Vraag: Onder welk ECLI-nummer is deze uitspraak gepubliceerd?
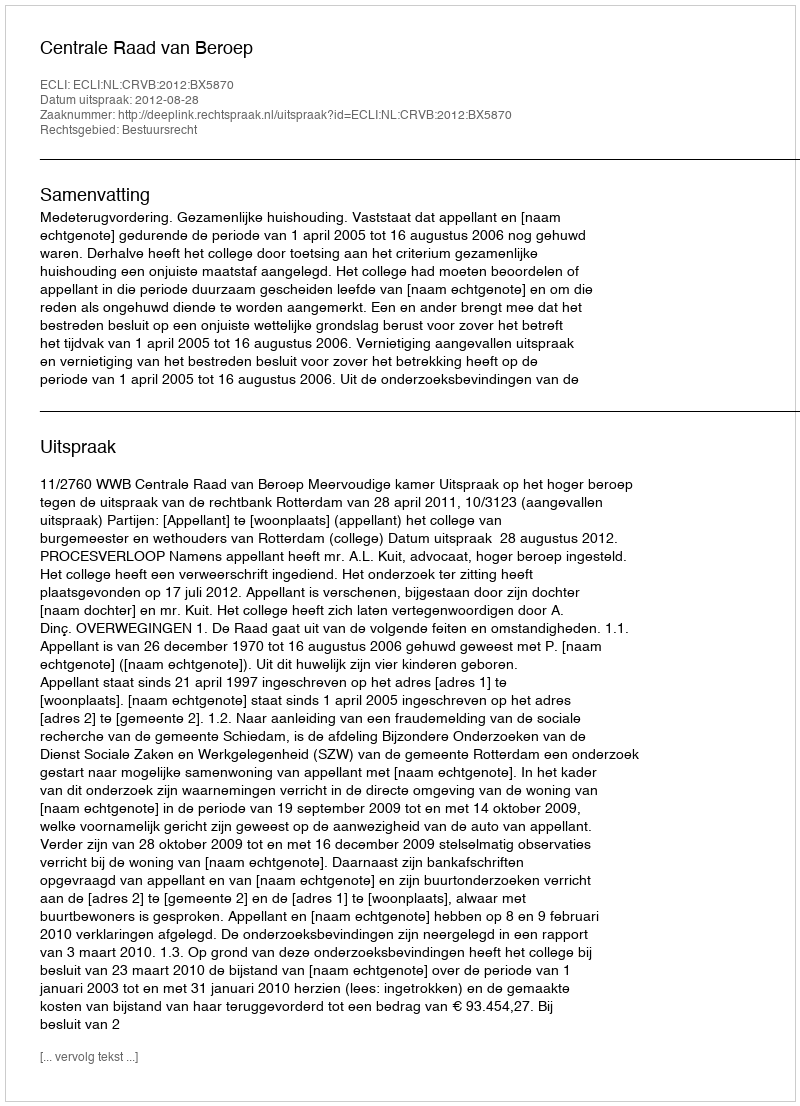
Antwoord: ECLI:NL:CRVB:2012:BX5870